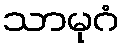
သာမုဂံ